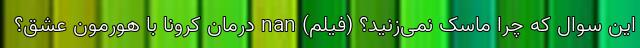
این سوال که چرا ماسک نمی‌زنید؟ (فیلم) nan درمان کرونا با هورمون عشق؟